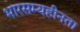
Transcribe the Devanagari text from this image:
भारसम्यहीनता